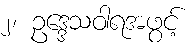
၂၊ ဥဒ္ဒေသဝါရအဖွင့်